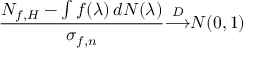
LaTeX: { \frac { N _ { f , H } - \int f ( \lambda ) \, d N ( \lambda ) } { \sigma _ { f , n } } } { \overset { D } { \longrightarrow } } N ( 0 , 1 )